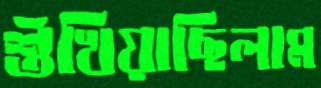
শুঁখিয়াছিলাম